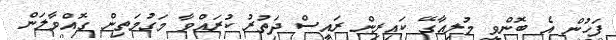
ފަހުން އެ ބޮންވީ މުލިއާގޭ ކައިރިން ރައީސް ދަތުރު ކުރައްވާ މަގުމަތިން ގޮއްވާލަން